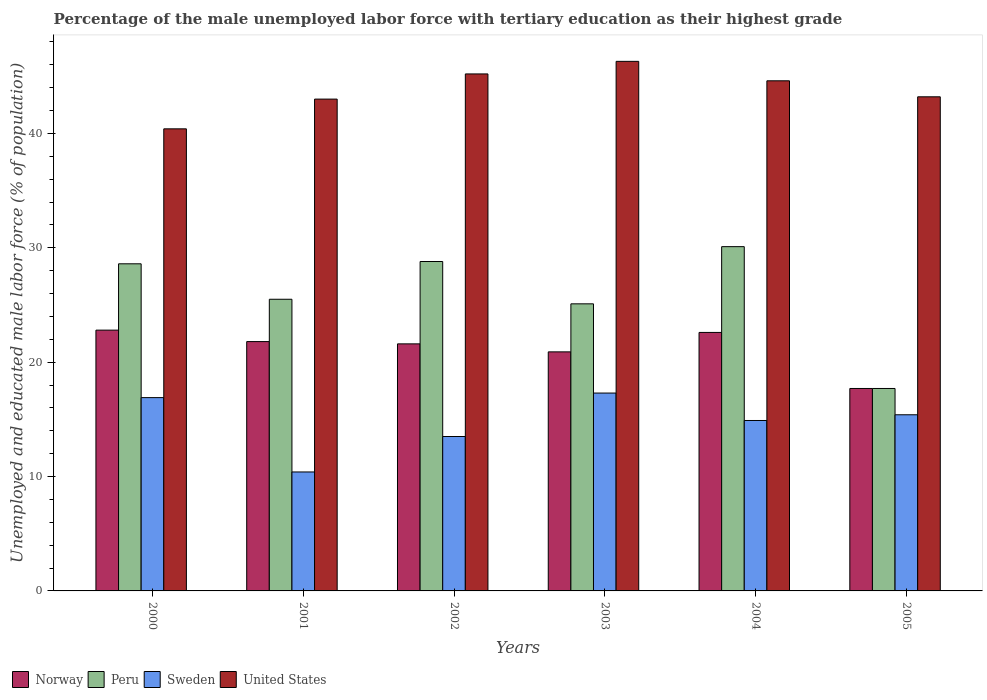
| Years | Norway | Peru | Sweden | United States |
 | --- | --- | --- | --- | --- |
 | 2000 | 22.8 | 28.6 | 16.9 | 40.4 |
 | 2001 | 21.8 | 25.5 | 10.4 | 43 |
 | 2002 | 21.6 | 28.8 | 13.5 | 45.2 |
 | 2003 | 20.9 | 25.1 | 17.3 | 46.3 |
 | 2004 | 22.6 | 30.1 | 14.9 | 44.6 |
 | 2005 | 17.7 | 17.7 | 15.4 | 43.2 |